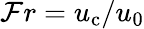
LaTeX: \mathcal{F}r=u_{\mathrm{c}}/u_{0}